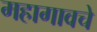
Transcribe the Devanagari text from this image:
महागावचे